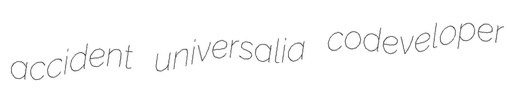
accident universalia codeveloper